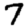
Digit: 7